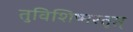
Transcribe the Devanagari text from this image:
तुविशिष्मस्तृप्त्